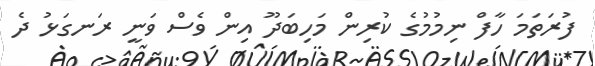
ފުރަތަމަ ހާފް ނިމުމުގެ ކުރިން މަހިބަދޫ އިން ވެސް ވަނީ ރަނގަޅު ދެ